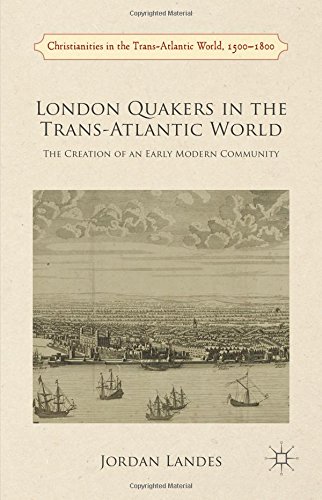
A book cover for London Quakers in the Trans-Atlantic World: The Creation of an Early Modern Community (Christianities in the Trans-Atlantic World, 1500-1800); Jordan Landes; Christian Books & Bibles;